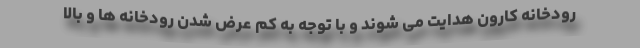
رودخانه کارون هدایت می شوند و با توجه به کم عرض شدن رودخانه ها و بالا